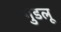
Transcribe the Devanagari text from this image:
गुडलू